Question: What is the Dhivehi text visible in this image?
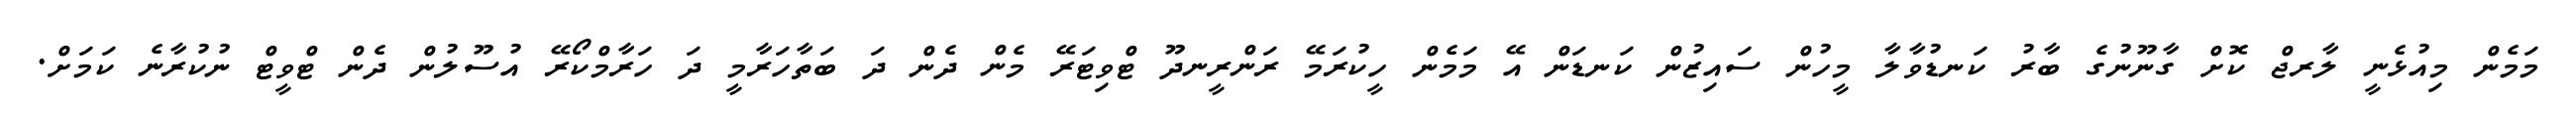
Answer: މަމެން މިއުޅެނީ ލާރޖް ކޮށް ގާނޫނުގެ ބާރު ކަނޑުވާލާ މީހުން ސައިޒުން ކަނޑަން އޭ މަމެން ހީކުރަމޭ ރަންރީނދޫ ޓްވިޓަރޭ މެން ދެން ދަ ބަތާހަރާމީ ދަ ހަރާމްކޯރޭ އުސޫލުން ދެން ޓްވީޓް ނުކުރާނެ ކަމަށް.